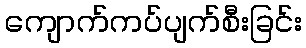
ကျောက်ကပ်ပျက်စီးခြင်း